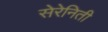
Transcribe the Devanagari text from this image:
सेरेनिती